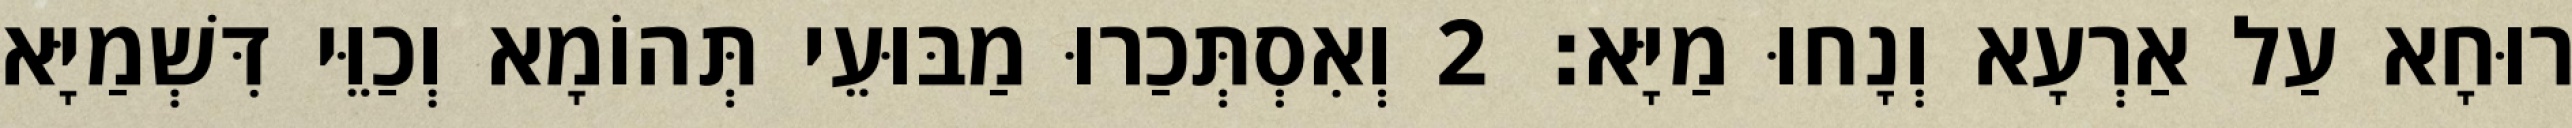
רוּחָא עַל אַרְעָא וְנָחוּ מַיָּא׃ 2 וְאִסְתְּכַרוּ מַבּוּעֵי תְּהוֹמָא וְכַוֵּי דִּשְׁמַיָּא